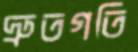
দ্রুতগতি